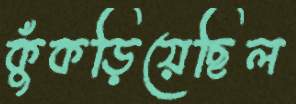
কুঁকড়িয়েছিল